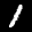
Label: 1